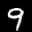
Label: 9